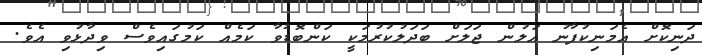
ދަނިކޮށް އެމަނިކުފާނު އަލުން ޖަލަށް ބަދަލުކުރުމަކީ ކަންބޮޑުވާ ކަމެއް ކަމުގައިވެސް ވިދާޅުވި އެވެ.